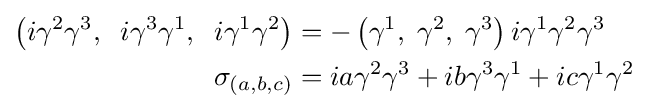
{\begin{aligned}\left(i\gamma ^{2}\gamma ^{3},\;\;i\gamma ^{3}\gamma ^{1},\;\;i\gamma ^{1}\gamma ^{2}\right)&=-\left(\gamma ^{1},\;\gamma ^{2},\;\gamma ^{3}\right)i\gamma ^{1}\gamma ^{2}\gamma ^{3}\\\sigma _{(a,b,c)}&=ia\gamma ^{2}\gamma ^{3}+ib\gamma ^{3}\gamma ^{1}+ic\gamma ^{1}\gamma ^{2}\end{aligned}}